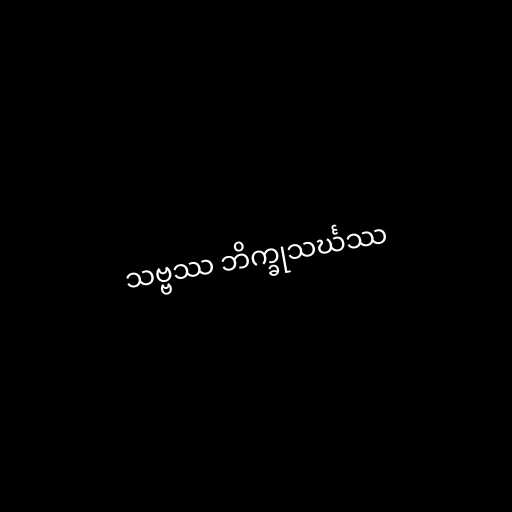
သဗ္ဗဿ ဘိက္ခုသင်္ဃဿ